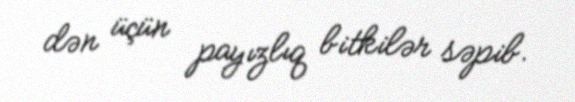
dən üçün payızlıq bitkilər səpib.